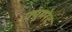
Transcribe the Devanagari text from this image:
फ्यूमरेट